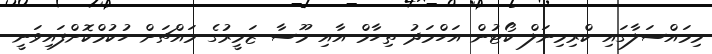
މިމައްސަލާގައި ކްރިމިނަލް ކޯޓުން އަހްމަދު ތިހާމް އާއި މޫސާ ޒަމީރުގެ މައްޗަށް ހުކުމްކޮށްފައިވަނީ